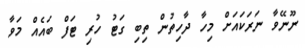
ނޫނޭވާ ނަރަކައަށް މިހާ ދާހިތުން ތިބި ގަޓު ހުރި ޓަފް ބައެއް މަވާ